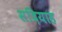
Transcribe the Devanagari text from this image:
सदियाह